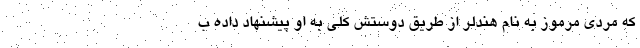
که مردی مرموز به نام هندلر از طریق دوستش کلی به او پیشنهاد داده ب